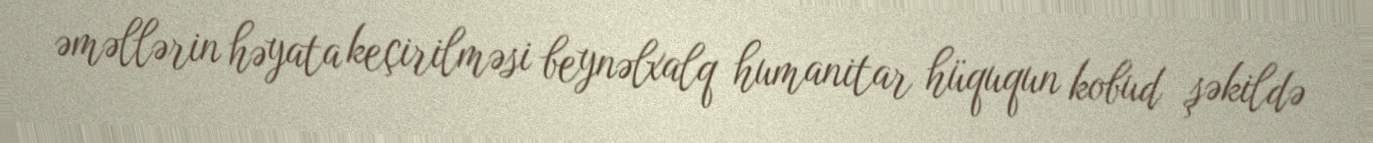
əməllərin həyata keçirilməsi beynəlxalq humanitar hüququn kobud şəkildə